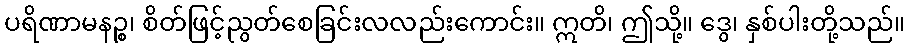
ပရိဏာမနဉ္စ၊ စိတ်ဖြင့်ညွတ်စေခြင်းလလည်းကောင်း။ ဣတိ၊ ဤသို့။ ဒွေ၊ နှစ်ပါးတို့သည်။